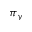
\pi _ { y }